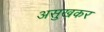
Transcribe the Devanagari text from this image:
असुखकर